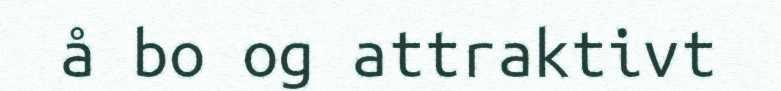
å bo og attraktivt